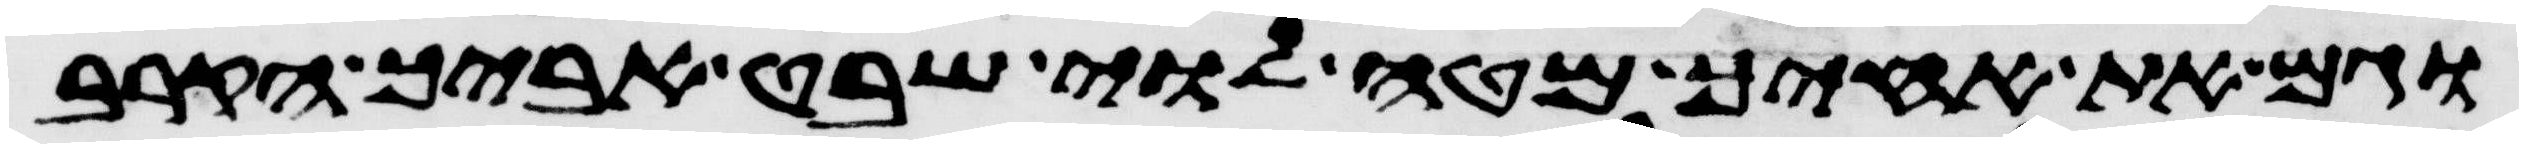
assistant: וגם את אחיך מטה לוי שבט אביך הקריב